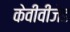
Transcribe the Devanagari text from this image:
केवीवीजेड